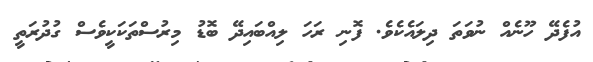
އުފެދޭ ހޫނެއް ނުވަތަ ދިލައެކެވެ. ފޮނި ރަހަ ލިއްބައިދޭ ބޮޑު މިރުސްތަކަކީވެސް ގުދުރަތީ